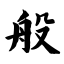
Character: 般